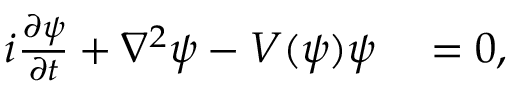
\begin{array} { r l } { i \frac { \partial \psi } { \partial t } + \nabla ^ { 2 } \psi - V ( \psi ) \psi } & { { } = 0 , } \end{array}